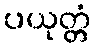
ပယုတ္တံ